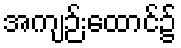
အကျဉ်းထောင်၌